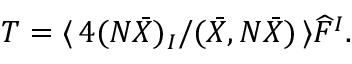
T = \langle \, 4 ( N \bar { X } ) _ { I } / ( \bar { X } , N \bar { X } ) \, \rangle \widehat { F } ^ { I } .